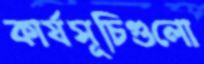
কার্যসূচিগুলো